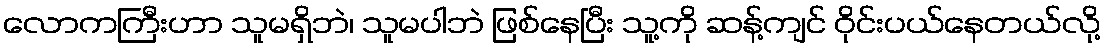
လောကကြီးဟာ သူမရှိဘဲ၊ သူမပါဘဲ ဖြစ်နေပြီး သူ့ကို ဆန့်ကျင် ဝိုင်းပယ်နေတယ်လို့